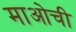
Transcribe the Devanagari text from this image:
माओची